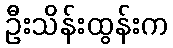
ဦးသိန်းထွန်းက